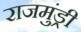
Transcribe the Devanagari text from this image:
राजमुंड्री